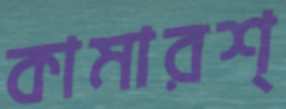
কামারশ্